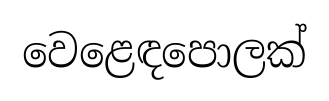
වෙළෙඳපොලක්